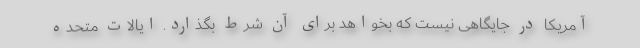
آمریکا در جایگاهی نیست که بخواهد برای آن شرط بگذارد. ایالات متحده